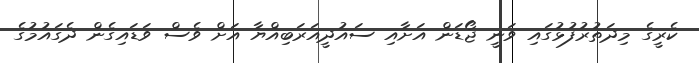
ކެރީގެ މިދަތުރުފުުޅުގައި ވަނީ ޖޯޑަން އަށާއި ސައުދީއަރަބިއްޔާ އަށް ވެސް ވަޑައިގެން ދެގައުމުގެ